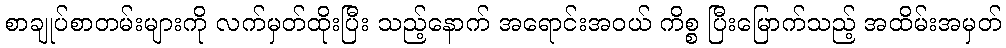
စာချုပ်စာတမ်းများကို လက်မှတ်ထိုးပြီး သည့်နောက် အရောင်းအဝယ် ကိစ္စ ပြီးမြောက်သည့် အထိမ်းအမှတ်